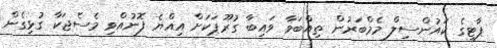
ޕާޓީގެ ކައުންސިލް މެމްބަރުން ތިއްބަވާ ވައިބާ ގުރޫޕަކަށް އިއްޔެ ފޮނުއްވި މެސެޖަކާ ގުޅިގެން